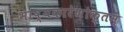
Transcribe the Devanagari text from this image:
भाष्यकारेणोक्तम्